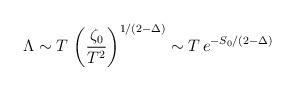
LaTeX: \begin{align*} \Lambda\sim T \, \left(\frac{\zeta_0}{T^2}\right)^{1/(2-\Delta)} \sim T \, e^{-S_0/(2-\Delta)}\end{align*}